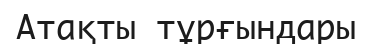
Атақты тұрғындары